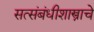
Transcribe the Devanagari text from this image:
सत्संबंधीशास्त्राचे